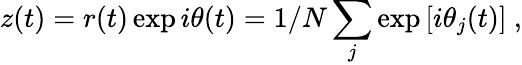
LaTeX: z(t)=r(t)\exp{i\theta(t)}=1/N\sum_{j}\exp{[i\theta_{j}(t)}]\ ,